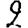
Digit: 2